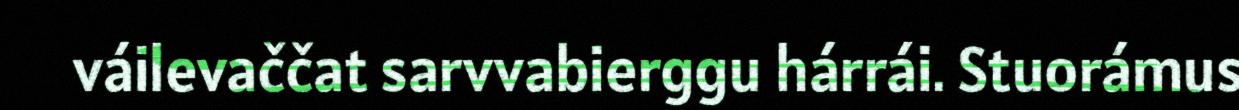
váilevaččat sarvvabierggu hárrái. Stuorámus